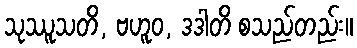
သုဿူသတိ, ဗဟူဝ, ဒဒါတိ စသည်တည်း။